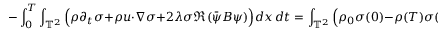
- \int _ { 0 } ^ { T } \int _ { \mathbb { T } ^ { 2 } } \Big ( \rho \partial _ { t } \sigma + \rho u \cdot \nabla \sigma + 2 \lambda \sigma \Re ( \Bar { \psi } B \psi ) \Big ) d x \ d t = \int _ { \mathbb { T } ^ { 2 } } \Big ( \rho _ { 0 } \sigma ( 0 ) - \rho ( T ) \sigma ( T ) \Big ) d x ,